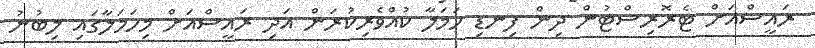
ރައީސްއަށް ޓެރޮރިސްޓުން ދިން ފިނޑި ހަމަލާ ކުއްވެރިކުރަން އަދި ރައީސްއަށް މިހަމަލާގައި ލިބުނު